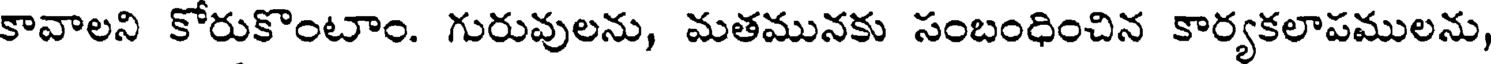
కావాలని కోరుకొంటాం. గురువులను, మతమునకు సంబంధించిన కార్యకలాపములను,